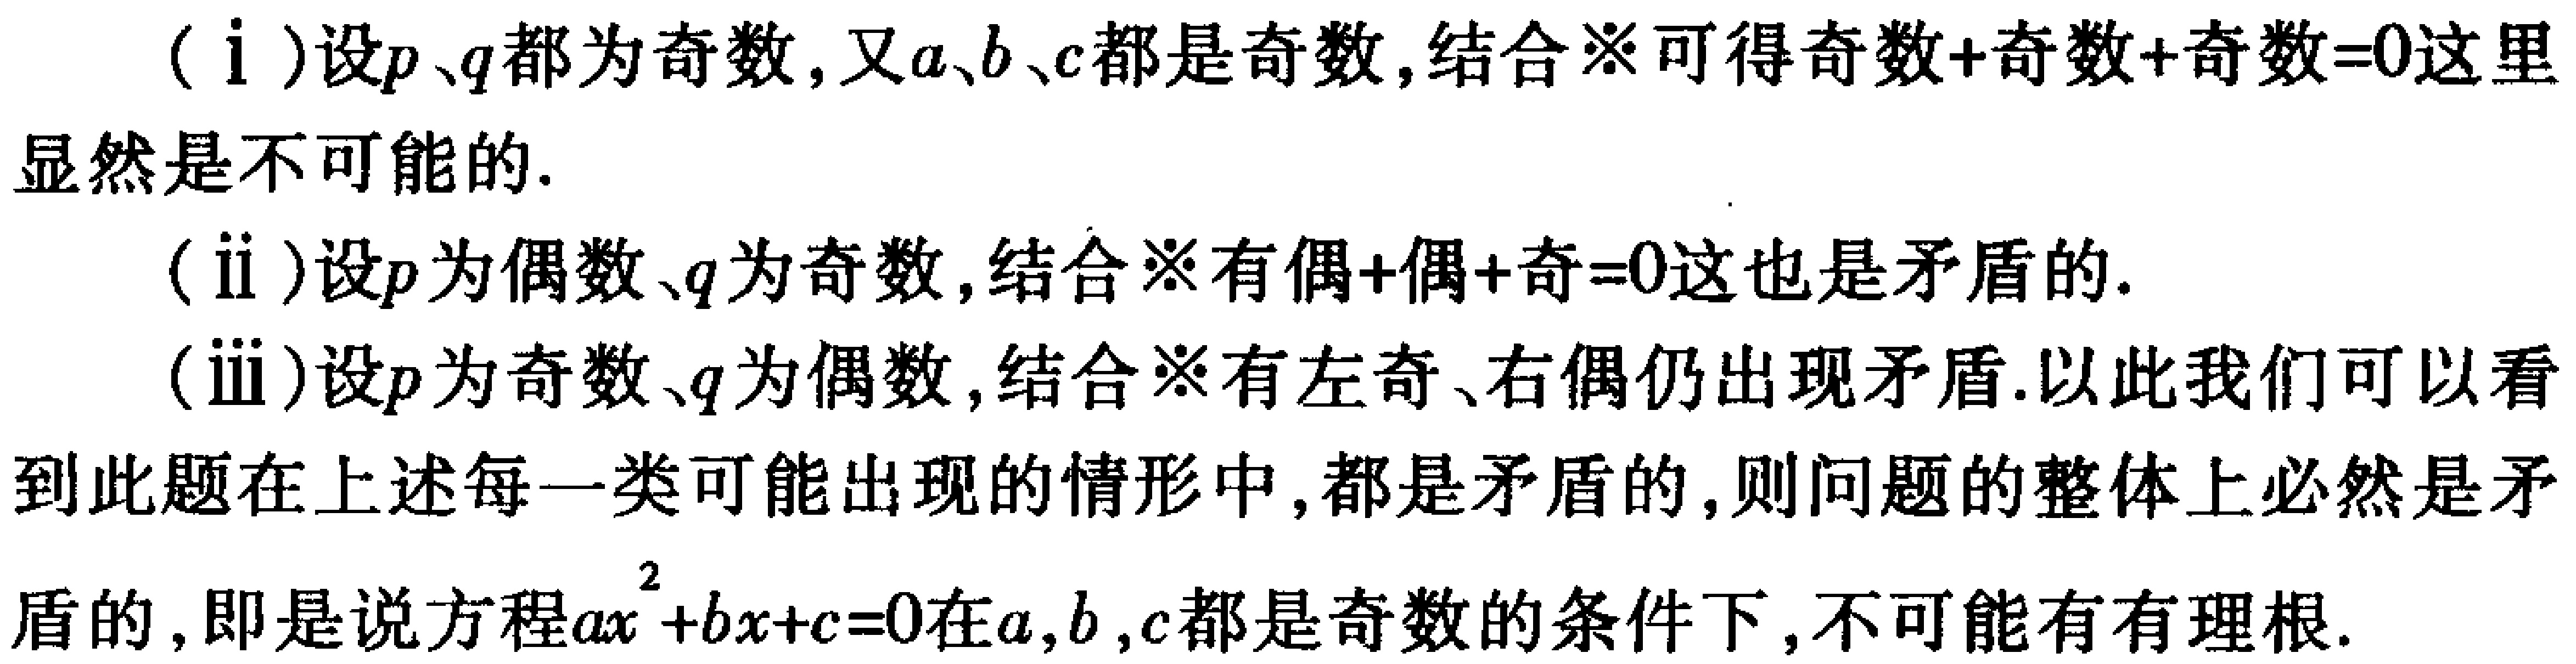
（i）设\(p\)、\(q\)都为奇数，又\(a\)、\(b\)、\(c\)都是奇数，结合※可得奇数+奇数+奇数\(=0\)这里显然是不可能的.
（ii）设\(p\)为偶数、\(q\)为奇数，结合※有偶+偶+奇\(=0\)这也是矛盾的.
（iii）设\(p\)为奇数、\(q\)为偶数，结合※有左奇、右偶仍出现矛盾. 以此我们可以看到此题在上述每一类可能出现的情形中，都是矛盾的，则问题的整体上必然是矛盾的，即是说方程\(ax^{2}+bx + c = 0\)在\(a,b,c\)都是奇数的条件下，不可能有有理根.